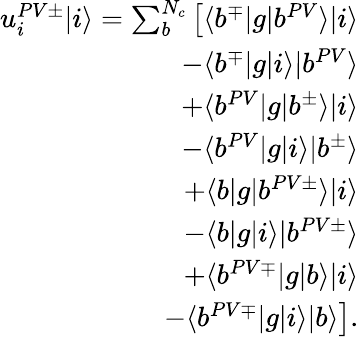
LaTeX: \begin{array}{r}{u_{i}^{PV\pm}|i\rangle=\sum_{b}^{N_{c}}\left[\langle b^{\mp}|g|b^{PV}\rangle|i\rangle\right.}\\ {\left.-\langle b^{\mp}|g|i\rangle|b^{PV}\rangle\right.}\\ {\left.+\langle b^{PV}|g|b^{\pm}\rangle|i\rangle\right.}\\ {\left.-\langle b^{PV}|g|i\rangle|b^{\pm}\rangle\right.}\\ {\left.+\langle b|g|b^{PV\pm}\rangle|i\rangle\right.}\\ {\left.-\langle b|g|i\rangle|b^{PV\pm}\rangle\right.}\\ {\left.+\langle b^{PV\mp}|g|b\rangle|i\rangle\right.}\\ {\left.-\langle b^{PV\mp}|g|i\rangle|b\rangle\right].}\end{array}